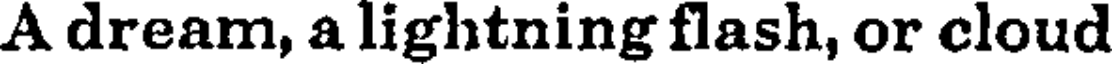
A dream, a lightning flash, or cloud